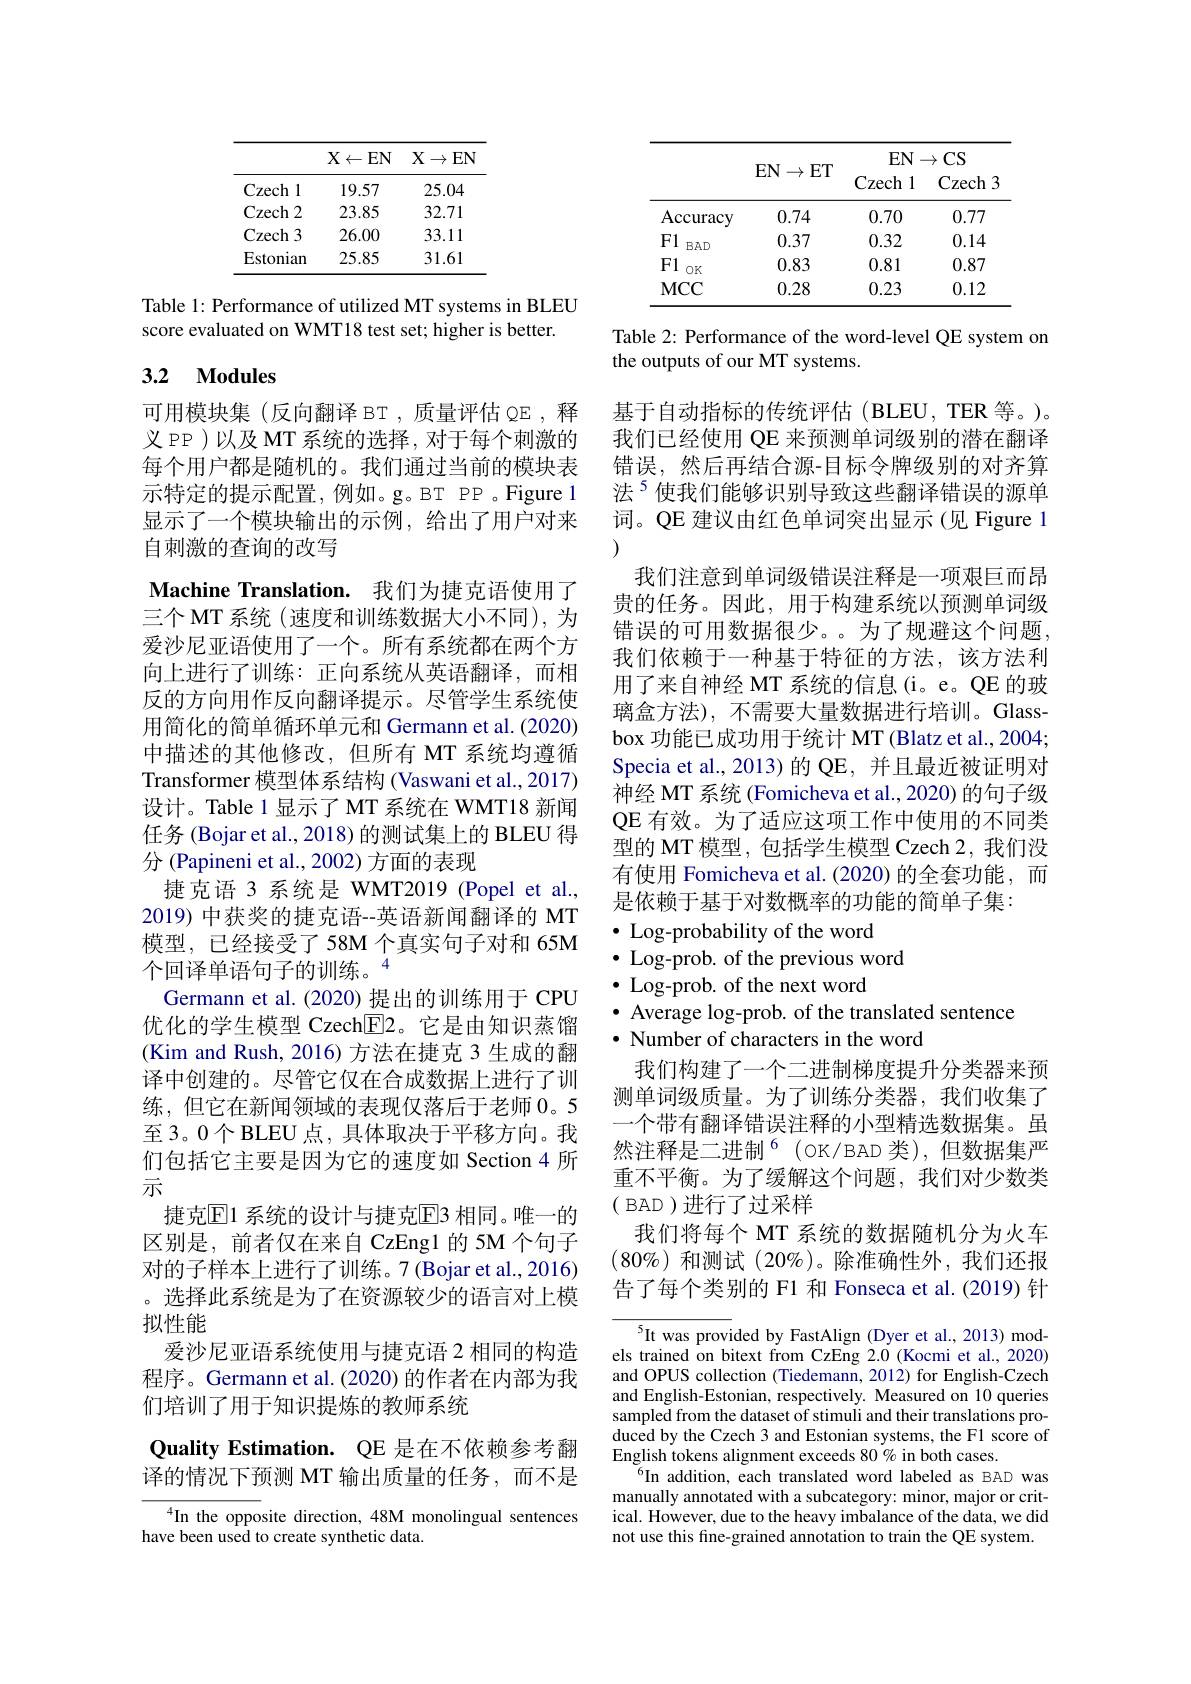
<table>
	<tbody>
		<tr>
			<th> </th>
			<th>$X\leftarrow$EN</th>
			<th>$X\to$ $EN$</th>
		</tr>
		<tr>
			<td>Czech l</td>
			<td>19.57</td>
			<td>25.04</td>
		</tr>
		<tr>
			<td>Czech 2</td>
			<td>23.85</td>
			<td>32.71</td>
		</tr>
		<tr>
			<td>Czech 3</td>
			<td>26.00</td>
			<td>33.11</td>
		</tr>
		<tr>
			<td>Estonian</td>
			<td>25.85</td>
			<td>31.61</td>
		</tr>
	</tbody>
</table>

Table 1: Performance of utilized MT systems in BLEU
score evaluated on WMT18 test set; higher is better.

# 3.2 Modules

可用模块集(反向翻译 BT,质量评估 QE, 释义 PP )以及 MT 系统的选择 , 对于每个刺激的每个用户都是随机的。我们通过当前的模块表示特定的提示配置，例如。g。BT PP 。Figure 1显示了一个模块输出的示例，给出了用户对来自刺激的查询的改写

Machine Translation. 我们为捷克语使用了三个 MT 系统 (速度和训练数据大小不同), 为爱沙尼亚语使用了一个。所有系统都在两个方向上进行了训练：正向系统从英语翻译，而相反的方向用作反向翻译提示。尽管学生系统使用简化的简单循环单元和 Germann et al. (2020) 中描述的其他修改，但所有 MT 系统均遵循Transformer 模型体系结构 (Vaswani et al., 2017) 设计。Table 1 显示了 MT 系统在 WMT18 新闻任务 (Bojar et al., 2018) 的测试集上的 BLEU 得分 (Papineni et al., 2002) 方面的表现
捷克语 3 系统是 WMT2019 (Popel et al., 2019) 中获奖的捷克语--英语新闻翻译的 MT 模型，已经接受了58M 个真实句子对和 65M 个回译单语句子的训练。“
Germann et al.(2020) 提出的训练用于 CPU 优化的学生模型 Czech$\boxed{\mathrm{F}}$2。它是由知识蒸馏(Kim and Rush, 2016) 方法在捷克 3 生成的翻译中创建的。尽管它仅在合成数据上进行了训练，但它在新闻领域的表现仅落后于老师 0。5至3。0个 BLEU 点，具体取决于平移方向。我们包括它主要是因为它的速度如 Section 4 所示
捷克区1 系统的设计与捷克E3 相同。唯一的区别是，前者仅在来自 CzEng1 的 5M 个句子对的子样本上进行了训练。7(Bojar et al.,2016) 。选择此系统是为了在资源较少的语言对上模拟性能
爱沙尼亚语系统使用与捷克语 2 相同的构造程序。Germann et al.(2020) 的作者在内部为我们培训了用于知识提炼的教师系统
Quality Estimation. QE 是在不依赖参考翻译的情况下预测 MT 输出质量的任务，而不是

$^4$In the opposite direction, 48M monolingual sentences
have been used to create synthetic data.

<table>
	<tbody>
		<tr>
			<th> </th>
			<th> </th>
			<th>$EN$</th>
			<th>$CS$ $\rightarrow$</th>
		</tr>
		<tr>
			<td>Accuracy</td>
			<td>0.74</td>
			<td>0.70</td>
			<td>0.77</td>
		</tr>
		<tr>
			<td>F1 $BAD$</td>
			<td>0.37</td>
			<td>0.32</td>
			<td>0.14</td>
		</tr>
		<tr>
			<td>F1 OK</td>
			<td>0.83</td>
			<td>0.81</td>
			<td>0.87</td>
		</tr>
		<tr>
			<td>$MCC$</td>
			<td>0.28</td>
			<td>0.23</td>
			<td>0.12</td>
		</tr>
	</tbody>
</table>

Table 2: Performance of the word-level QE system on
the outputs of our MT systems.

基于自动指标的传统评估(BLEU,TER 等。)。我们已经使用 QE 来预测单词级别的潜在翻译错误，然后再结合源-目标令牌级别的对齐算法$^{5}$使我们能够识别导致这些翻译错误的源单词。QE 建议由红色单词突出显示 (见 Figure 1
我们注意到单词级错误注释是一项艰巨而昂贵的任务。因此，用于构建系统以预测单词级错误的可用数据很少。为了规避这个问题， 我们依赖于一种基于特征的方法，该方法利用了来自神经 MT 系统的信息 (i。e。QE 的玻璃盒方法),不需要大量数据进行培训。Glassbox 功能已成功用于统计 MT (Blatz et al., 2004; Specia et al., 2013)的 QE, 并且最近被证明对神经 MT 系统 (Fomicheva et al., 2020) 的句子级QE 有效。为了适应这项工作中使用的不同类型的 MT 模型，包括学生模型 Czech 2,我们没有使用 Fomicheva et al.(2020)的全套功能，而是依赖于基于对数概率的功能的简单子集：
$\bullet$ Log-probability of the word
$\bullet$ Log-prob. of the previous word
$\bullet$ Log-prob. of the next word
$\bullet$ Average log-prob. of the translated sentence
· Number of characters in the word
我们构建了一个二进制梯度提升分类器来预测单词级质量。为了训练分类器，我们收集了一个带有翻译错误注释的小型精选数据集。虽然注释是二进制$^6($OK/BAD 类),但数据集严重不平衡。为了缓解这个问题，我们对少数类( BAD )进行了过采样
我们将每个 MT 系统的数据随机分为火车$(80\%)$和测试 (20%)。除准确性外，我们还报

告了每个类别的 F1 和 Fonseca et al.(2019) 针

$^{5}$It was provided by FastAlign (Dyer et al., 2013) models trained on bitext from CzEng 2.0 (Kocmi et al., 2020) and OPUS collection (Tiedemann, 2012) for English-Czech and English-Estonian, respectively. Measured on 10 queries sampled from the dataset of stimuli and their translations produced by the Czech 3 and Estonian systems, the F1 score of English tokens alignment exceeds 80% in both cases.
$^{6}$In addition, each translated word labeled as BAD was manually annotated with a subcategory: minor, major or critical. However, due to the heavy imbalance of the data, we did not use this fine-grained annotation to train the QE system.